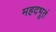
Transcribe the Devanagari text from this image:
महदभूतं